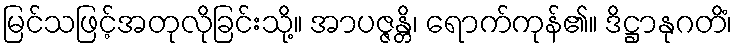
မြင်သဖြင့်အတုလိုခြင်းသို့။ အာပဇ္ဇန္တိ၊ ရောက်ကုန်၏။ ဒိဋ္ဌာနုဂတိံ၊